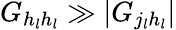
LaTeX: G_{h_{l}h_{l}}\gg|G_{j_{l}h_{l}}|